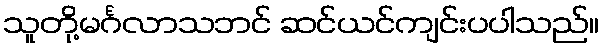
သူတို့မင်္ဂလာသဘင် ဆင်ယင်ကျင်းပပါသည်။